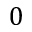
0